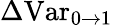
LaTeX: \Delta\mathrm{Var}_{0\rightarrow 1}